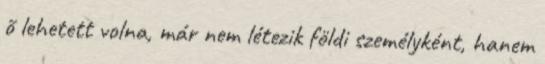
õ lehetett volna, már nem létezik földi személyként, hanem